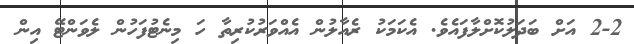
2-2 އަށް ބަދަލުކޮށްލާފައެވެ. އެކަމަކު ރެއާލުން އެއްވަރުކުރިތާ ހަ މިނެޓުފަހުން ލެވަންޓޭ އިން